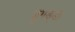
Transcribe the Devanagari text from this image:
डुगड्डा